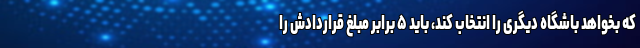
که بخواهد باشگاه دیگری را انتخاب کند، باید ۵ برابر مبلغ قراردادش را